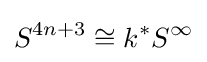
S^{4n+3}\cong k^{*}S^{\infty }